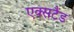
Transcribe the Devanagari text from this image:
एक्सटैंड